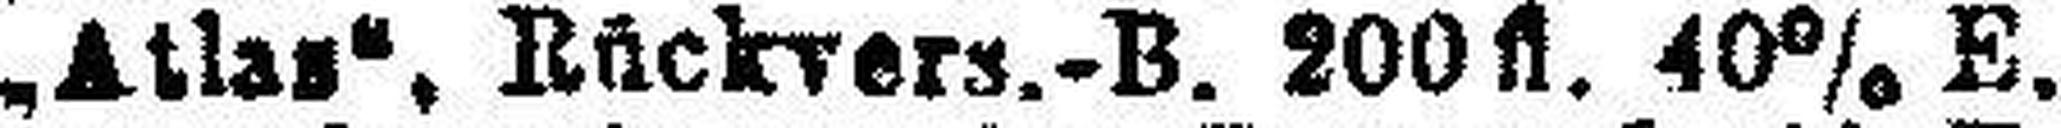
„Atlaz“, Rückvers.-B. 200 fl. 40% E.